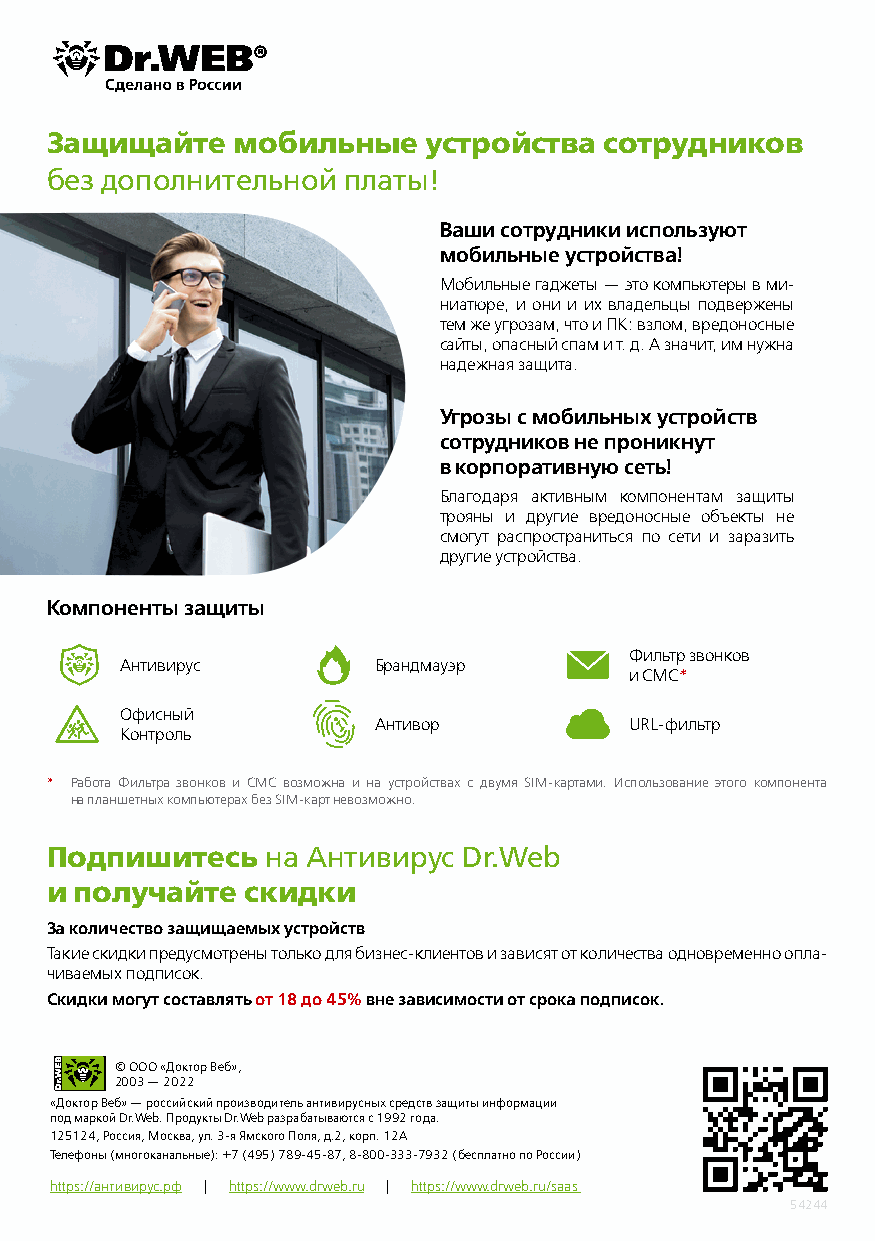
Защищайте   мобильные    устройства  сотрудников
 без дополнительной  платы!
 Ваши сотрудники используют
 мобильные устройства!
 Мобильные гаджеты — это компьютеры в ми-
 ниатюре, и они и их владельцы подвержены
 тем же угрозам, что и ПК: взлом, вредоносные
 сайты, опасный спам и т. д. А значит, им нужна
 надежная защита.
 Угрозы с мобильных устройств
 сотрудников не проникнут
 в корпоративную сеть!
 Благодаря активным компонентам защиты
 трояны и другие вредоносные объекты не
 смогут распространиться по сети и заразить
 другие устройства.
 Компоненты защиты
 Фильтр звонков
 Антивирус        Брандмауэр
 и СМС*
 Офисный
 Антивор          URL-фильтр
 Контроль
 * Работа Фильтра звонков и СМС возможна и на устройствах с двумя SIM-картами. Использование этого компонента
 на планшетных компьютерах без SIM-карт невозможно.
 Подпишитесь    на антивирус Dr.Web
 и получайте  скидки
 За количество защищаемых устройств
 Такие скидки предусмотрены только для бизнес-клиентов и зависят от количества одновременно опла-
 чиваемых подписок.
 Скидки могут составлять от 18 до 45% вне зависимости от срока подписок.
 © ООО «Доктор Веб»,
 2003 — 2022
 «Доктор Веб» — российский производитель антивирусных средств защиты информации
 под маркой Dr.Web. Продукты Dr.Web разрабатываются с 1992 года.
 125124, Россия, Москва, ул. 3-я Ямского Поля, д.2, корп. 12А
 Телефоны (многоканальные): +7 (495) 789-45-87, 8-800-333-7932 (бесплатно по России)
 https://антивирус.рф | https://www.drweb.ru | https://www.drweb.ru/saas
 54244